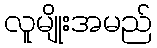
လူမျိုးအမည်